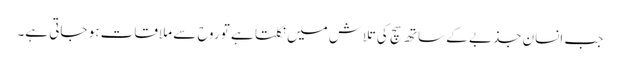
جب انسان جذبے کے ساتھ سچ کی تلاش میں نکلتا ہے تو روح سے ملاقات ہو جاتی ہے۔